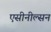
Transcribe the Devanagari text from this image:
एसीनील्सन